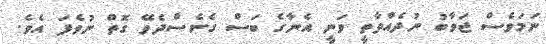
ނަމަވެސް ޖަވާބު ނުދެއްވާތީ ވަނީ އެނާގެ ބަސް ގެނެސްދެވޭ ގޮތް ނުވެފަ އެވެ.